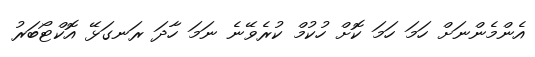
އެންމެންނަށް ހަމަ ހަމަ ކޮށް ހުކުމް ކުރެވޭނެ ނަމަ ހާދަ ރަނގަޅޭ އޮކްޓޯބަރު